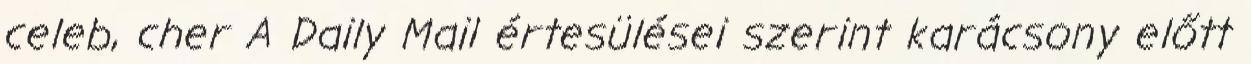
celeb, cher A Daily Mail értesülései szerint karácsony előtt